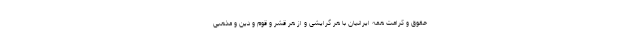
حقوق و کرامت همه ایرانیان با هر گرایشی و از هر قشر و قوم و دین و مذهبی